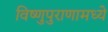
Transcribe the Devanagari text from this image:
विष्णुपुराणामध्ये